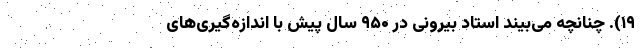
۱۹). چنانچه می‌بیند استاد بیرونی در ۹۵۰ سال پیش با اندازه‌گیری‌های